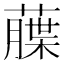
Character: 𦼶